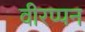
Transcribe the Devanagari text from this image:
वीरप्पन